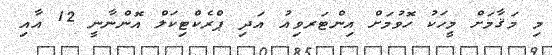
މި މަޤާމަށް މީހަކު ހޮވުމަށް އިންޓަރވިއު އަދި ޕްރެކްޓިކަލް އޮންނާނީ 12 އާއި